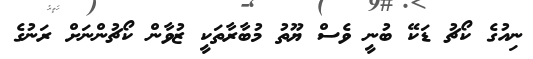
ނިއުގެ ކޯޗު ޑަކޭ ބުނީ ވެސް ޔޫތު މުބާރާތަކީ ޒުވާން ކޯޗުންނަށް ރަނުގެ